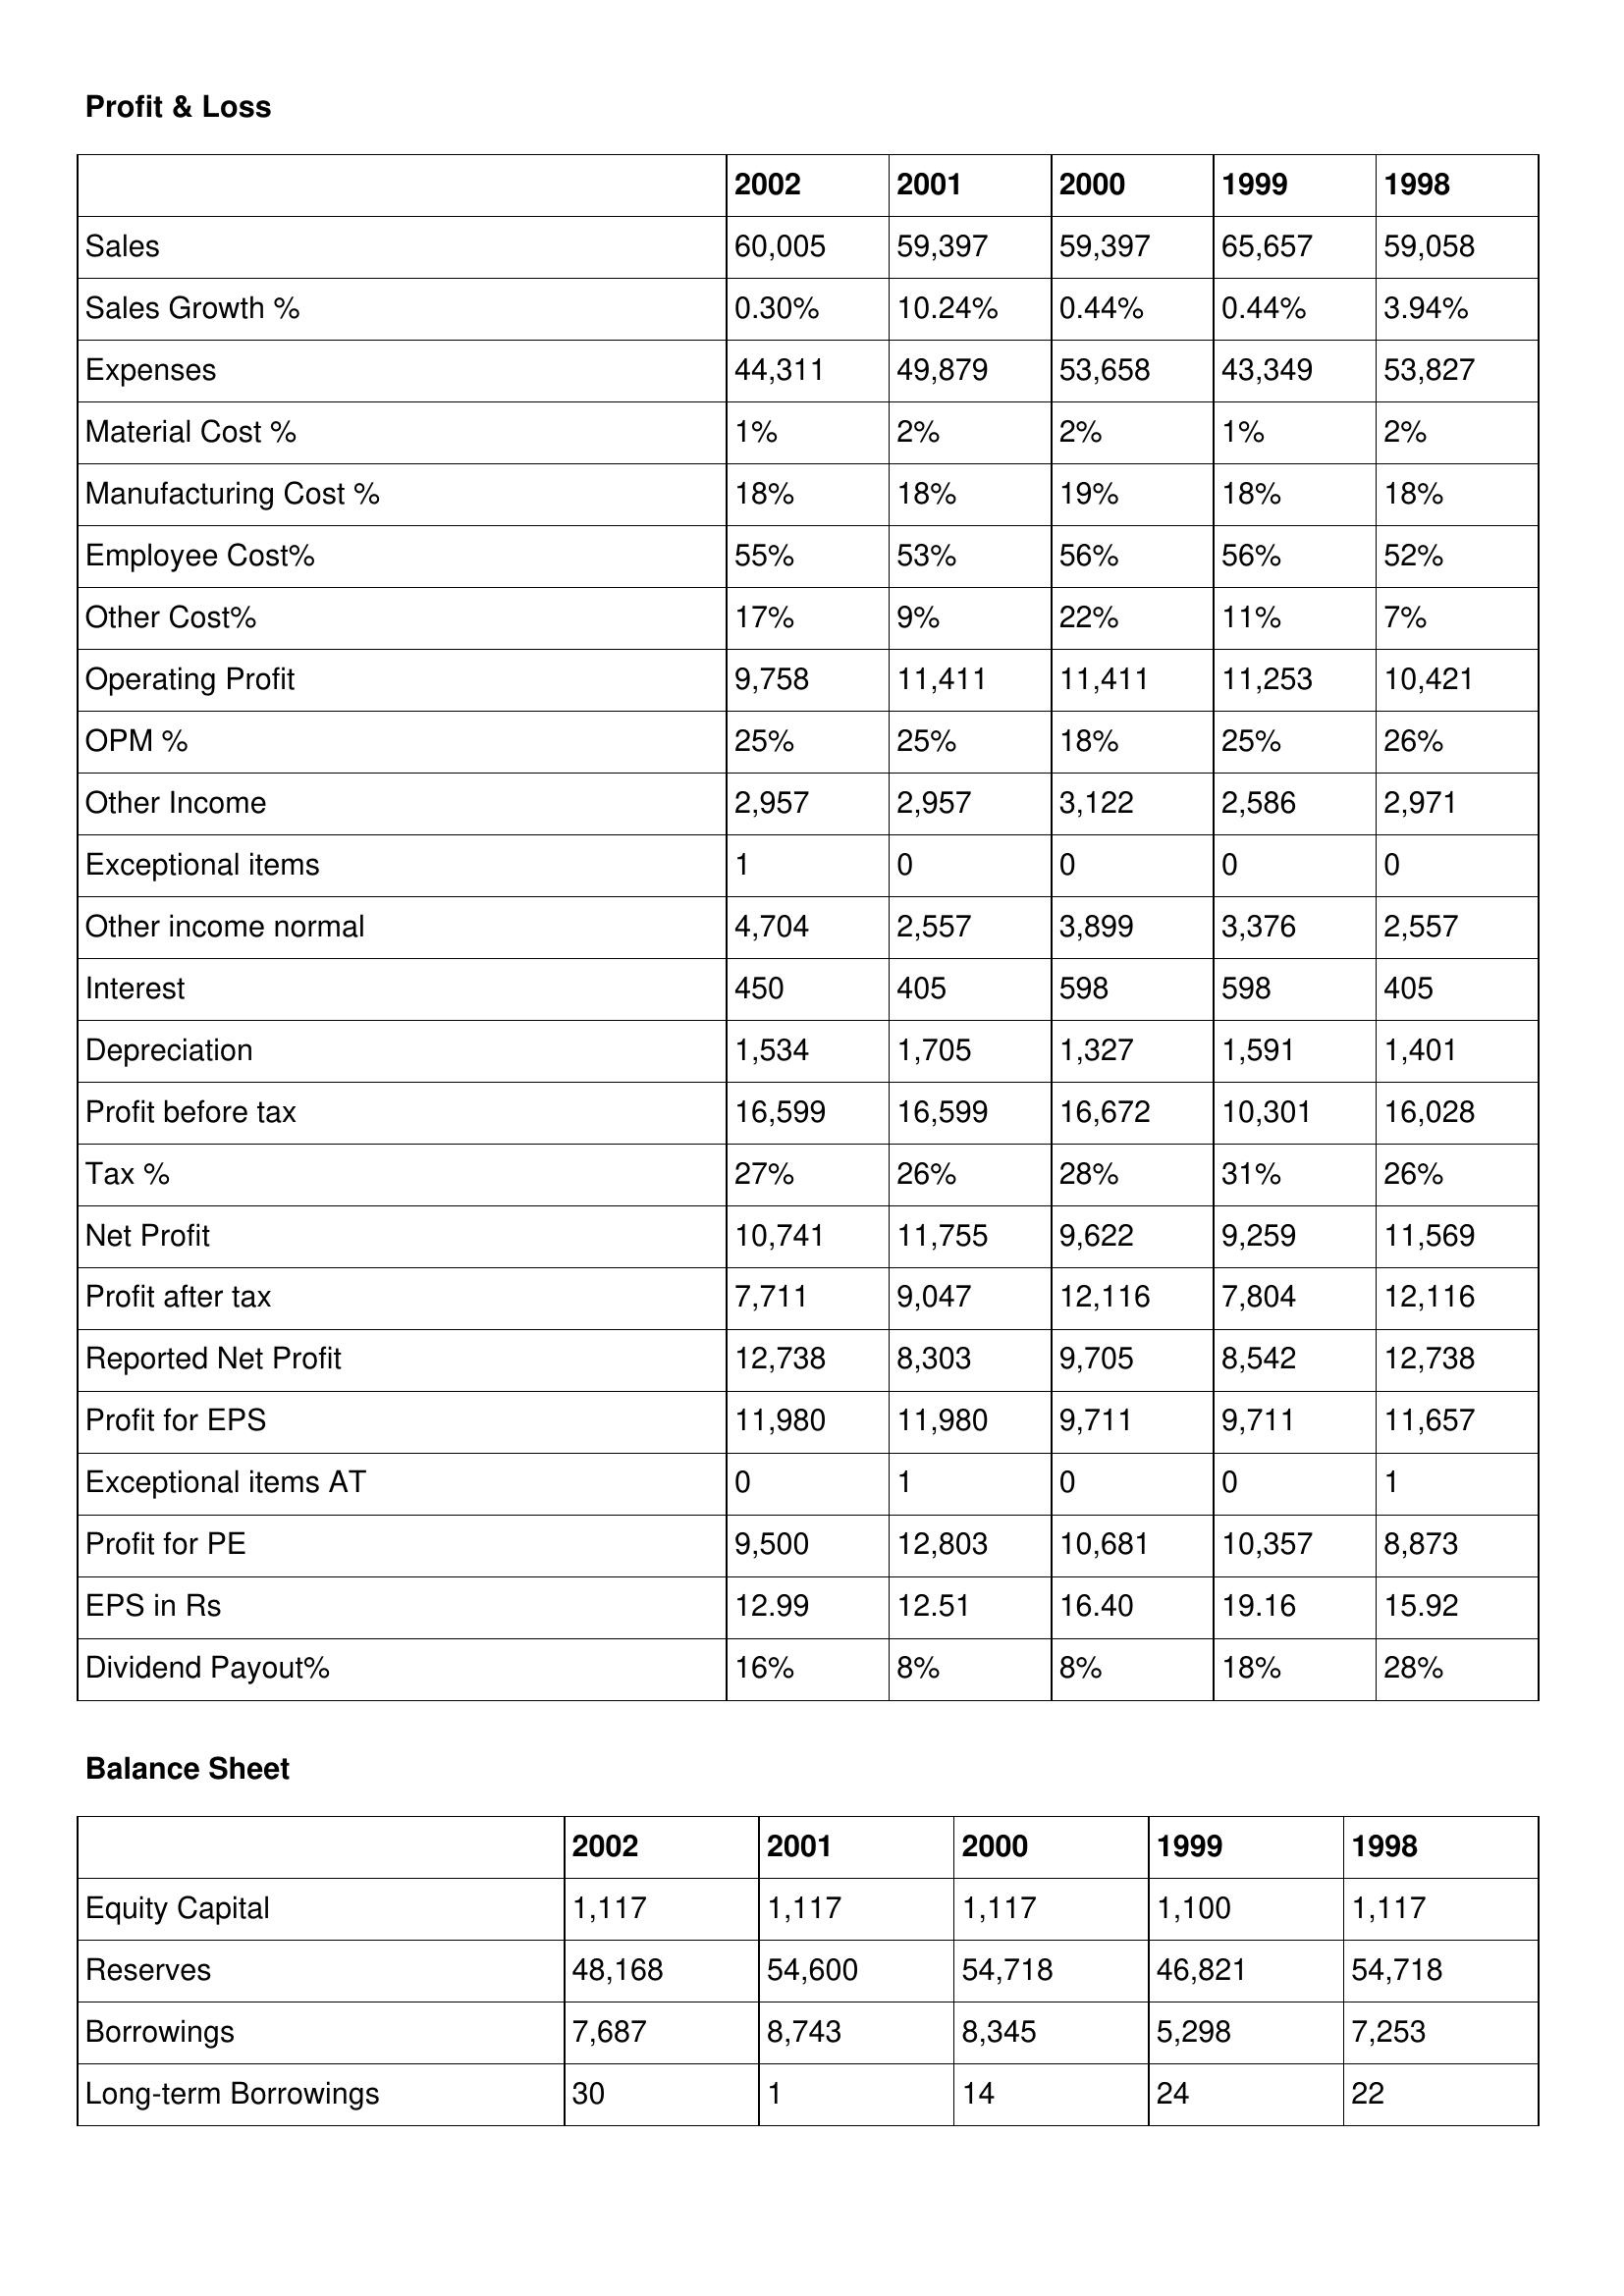
gt_parse: 2002: Profit & Loss: Sales: 60,005
Sales Growth %: 0.30%
Expenses: 44,311
Material Cost %: 1%
Manufacturing Cost %: 18%
Employee Cost%: 55%
Other Cost%: 17%
Operating Profit: 9,758
OPM %: 25%
Other Income: 2,957
Exceptional items: 1
Other income normal: 4,704
Interest: 450
Depreciation: 1,534
Profit before tax: 16,599
Tax %: 27%
Net Profit: 10,741
Profit after tax: 7,711
Reported Net Profit: 12,738
Profit for EPS: 11,980
Exceptional items AT: 0
Profit for PE: 9,500
EPS in Rs: 12.99
Dividend Payout%: 16%
Balance Sheet: Equity Capital: 1,117
Reserves: 48,168
Borrowings: 7,687
Long-term Borrowings: 30
2001: Profit & Loss: Sales: 59,397
Sales Growth %: 10.24%
Expenses: 49,879
Material Cost %: 2%
Manufacturing Cost %: 18%
Employee Cost%: 53%
Other Cost%: 9%
Operating Profit: 11,411
OPM %: 25%
Other Income: 2,957
Exceptional items: 0
Other income normal: 2,557
Interest: 405
Depreciation: 1,705
Profit before tax: 16,599
Tax %: 26%
Net Profit: 11,755
Profit after tax: 9,047
Reported Net Profit: 8,303
Profit for EPS: 11,980
Exceptional items AT: 1
Profit for PE: 12,803
EPS in Rs: 12.51
Dividend Payout%: 8%
Balance Sheet: Equity Capital: 1,117
Reserves: 54,600
Borrowings: 8,743
Long-term Borrowings: 1
2000: Profit & Loss: Sales: 59,397
Sales Growth %: 0.44%
Expenses: 53,658
Material Cost %: 2%
Manufacturing Cost %: 19%
Employee Cost%: 56%
Other Cost%: 22%
Operating Profit: 11,411
OPM %: 18%
Other Income: 3,122
Exceptional items: 0
Other income normal: 3,899
Interest: 598
Depreciation: 1,327
Profit before tax: 16,672
Tax %: 28%
Net Profit: 9,622
Profit after tax: 12,116
Reported Net Profit: 9,705
Profit for EPS: 9,711
Exceptional items AT: 0
Profit for PE: 10,681
EPS in Rs: 16.40
Dividend Payout%: 8%
Balance Sheet: Equity Capital: 1,117
Reserves: 54,718
Borrowings: 8,345
Long-term Borrowings: 14
1999: Profit & Loss: Sales: 65,657
Sales Growth %: 0.44%
Expenses: 43,349
Material Cost %: 1%
Manufacturing Cost %: 18%
Employee Cost%: 56%
Other Cost%: 11%
Operating Profit: 11,253
OPM %: 25%
Other Income: 2,586
Exceptional items: 0
Other income normal: 3,376
Interest: 598
Depreciation: 1,591
Profit before tax: 10,301
Tax %: 31%
Net Profit: 9,259
Profit after tax: 7,804
Reported Net Profit: 8,542
Profit for EPS: 9,711
Exceptional items AT: 0
Profit for PE: 10,357
EPS in Rs: 19.16
Dividend Payout%: 18%
Balance Sheet: Equity Capital: 1,100
Reserves: 46,821
Borrowings: 5,298
Long-term Borrowings: 24
1998: Profit & Loss: Sales: 59,058
Sales Growth %: 3.94%
Expenses: 53,827
Material Cost %: 2%
Manufacturing Cost %: 18%
Employee Cost%: 52%
Other Cost%: 7%
Operating Profit: 10,421
OPM %: 26%
Other Income: 2,971
Exceptional items: 0
Other income normal: 2,557
Interest: 405
Depreciation: 1,401
Profit before tax: 16,028
Tax %: 26%
Net Profit: 11,569
Profit after tax: 12,116
Reported Net Profit: 12,738
Profit for EPS: 11,657
Exceptional items AT: 1
Profit for PE: 8,873
EPS in Rs: 15.92
Dividend Payout%: 28%
Balance Sheet: Equity Capital: 1,117
Reserves: 54,718
Borrowings: 7,253
Long-term Borrowings: 22